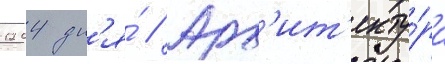
1204 дн'я́ // Арх'ит'екту́ра